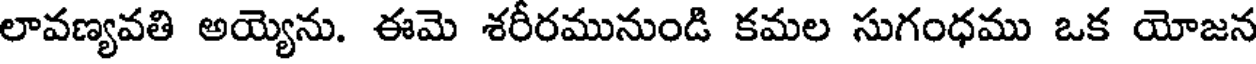
లావణ్యవతి అయ్యెను. ఈమె శరీరమునుండి కమల సుగంధము ఒక యోజన